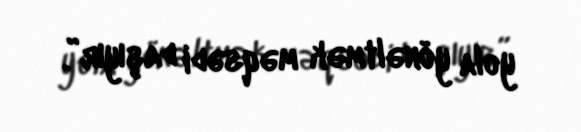
yola yönəltmək məqsədi daşıyır”.